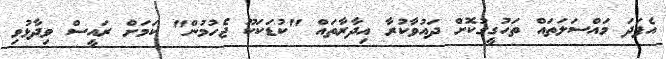
އެފަދަ މަައްސަަލަތައް ތަހުގީގުކޮށް ދައުވާކުރާ އިދާރާތައް "ކުޑަކަކޫ ޖެހުމުން" ކަމަށް ރައީސް ވިދާޅުވި